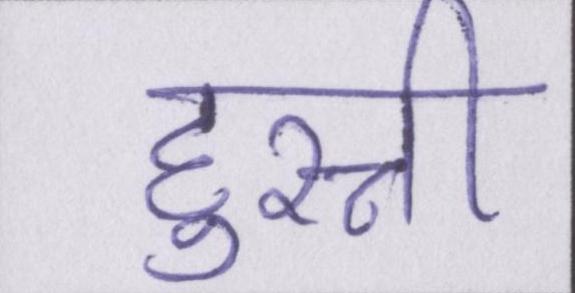
हुस्नी